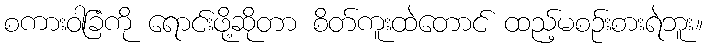
စကားဝါခြံကို ရောင်းဖို့ဆိုတာ စိတ်ကူးထဲတောင် ထည့်မစဉ်းစားရဲဘူး။